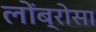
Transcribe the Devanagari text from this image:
लोंब्रोसा